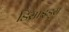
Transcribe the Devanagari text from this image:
डिसाइड्स